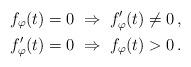
LaTeX: \begin{align*}f_\varphi(t)=0\; &\Rightarrow\; f_\varphi'(t)\neq 0\,,\\f_\varphi'(t)=0\; &\Rightarrow\; f_\varphi(t)>0\,.\end{align*}